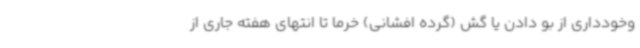
وخودداری از بو دادن یا گش (گرده افشانی) خرما تا انتهای هفته جاری از